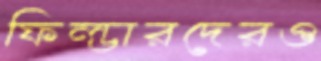
ফিল্ডারদেরও